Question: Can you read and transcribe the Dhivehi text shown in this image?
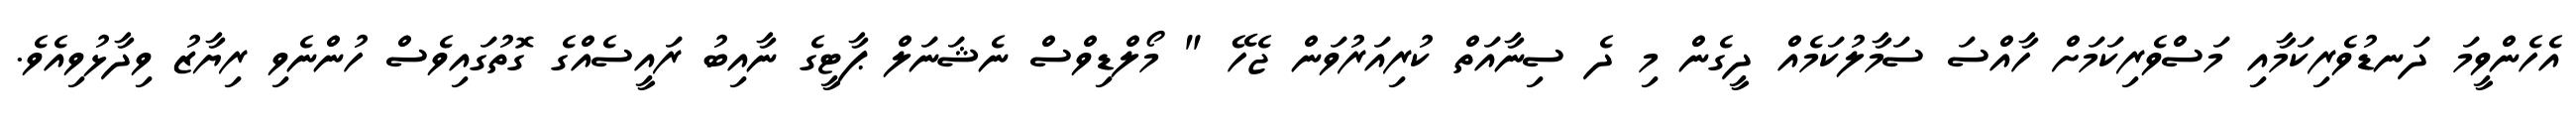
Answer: އެހެންވީމަ ދަނޑުވެރިކަމާއި މަސްވެރިކަމަށް ހާއްސަ ސަމާލުކަމެއް ދީގެން މި ދެ ސިނާއަތް ކުރިއަރުވަން ޖެހޭ " މޯލްޑިވްސް ނެޝަނަލް ޕާޓީގެ ނާއިބު ރައީސެއްގެ ގޮތުގައިވެސް ހުންނެވި ރިޔާޒު ވިދާޅުވިއެވެ.